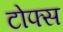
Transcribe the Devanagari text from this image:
टोफ्स